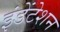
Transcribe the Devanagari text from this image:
इंडेंटेशन